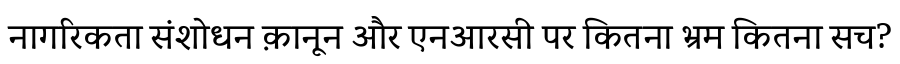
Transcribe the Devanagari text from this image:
नागरिकता संशोधन क़ानून और एनआरसी पर कितना भ्रम कितना सच?